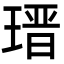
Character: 瑨